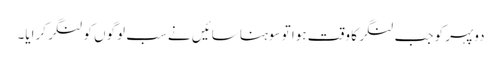
دوپہر کو جب لنگر کا وقت ہوا تو سوہنا سائیں نے سب لوگوں کو لنگر کرایا۔